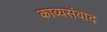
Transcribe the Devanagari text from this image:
काव्यसंवाद